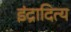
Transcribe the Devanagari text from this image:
इंद्रादित्य